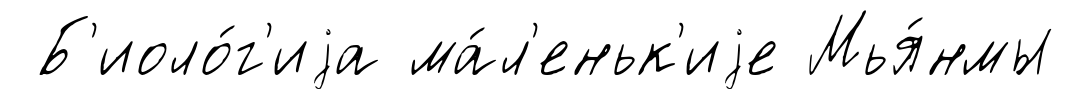
Б'иоло́г'иjа ма́л'еньк'иjе Мья́нмы